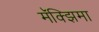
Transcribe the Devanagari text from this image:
मॅक्झिमा